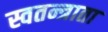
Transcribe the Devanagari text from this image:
स्वतन्त्राता